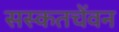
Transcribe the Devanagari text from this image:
सस्कतचेंवन